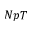
N p T